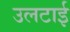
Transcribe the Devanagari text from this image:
उलटाई